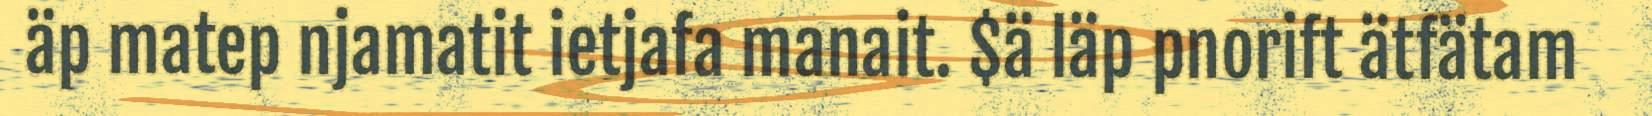
äp matep njamatit ietjafa manait. $ä läp pnorift ätfätam